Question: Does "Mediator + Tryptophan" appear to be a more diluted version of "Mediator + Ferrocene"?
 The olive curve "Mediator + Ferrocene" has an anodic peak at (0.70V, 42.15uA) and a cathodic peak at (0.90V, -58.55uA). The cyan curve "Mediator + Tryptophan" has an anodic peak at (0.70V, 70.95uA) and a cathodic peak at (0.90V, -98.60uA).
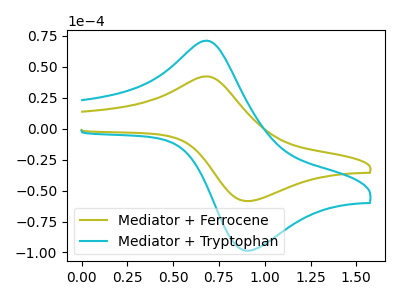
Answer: <think>All the peaks in "Mediator + Tryptophan" have a peak in "Mediator + Ferrocene" at the same potential. Every peak in "Mediator + Tryptophan" is higher than every peak in "Mediator + Ferrocene".
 </think>
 <answer>"Mediator + Tryptophan" has more signal than "Mediator + Ferrocene" and so likely has a higher concentration.</answer>
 <eval>more_concentration</eval>